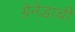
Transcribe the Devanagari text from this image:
ग्रेनेडाची